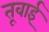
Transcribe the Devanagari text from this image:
तूवाई